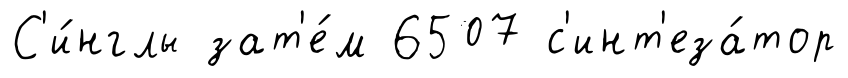
С'и́нглы зат'е́м 6507 с'инт'еза́тор